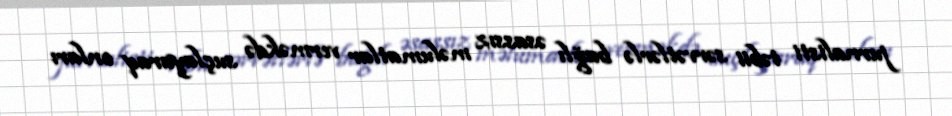
jurnalisti təbii sərvətlərlə bağlı əsassız məlumatlar verməkdə suçlayaraq onları